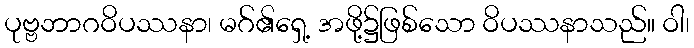
ပုဗ္ဗဘာဂဝိပဿနာ၊ မဂ်၏ရှေ့ အဖို့၌ဖြစ်သော ဝိပဿနာသည်။ ဝါ၊